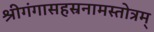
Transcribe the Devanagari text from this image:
श्रीगंगासहस्रनामस्तोत्रम्